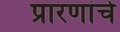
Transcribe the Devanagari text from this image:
प्रारणांचे